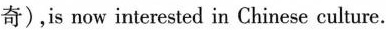
奇),is now interested in Chinese culture.